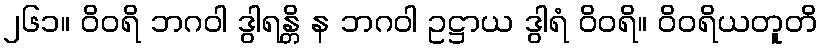
၂၆၁။ ဝိဝရိ ဘဂဝါ ဒွါရန္တိ န ဘဂဝါ ဥဋ္ဌာယ ဒွါရံ ဝိဝရိ။ ဝိဝရိယတူတိ